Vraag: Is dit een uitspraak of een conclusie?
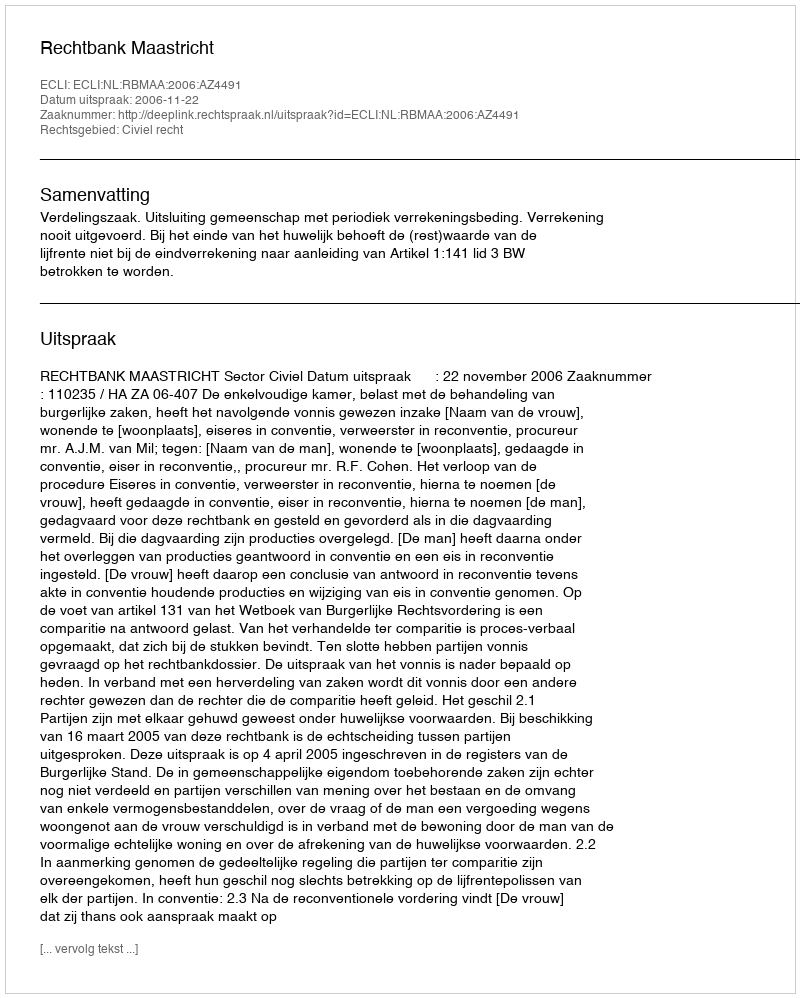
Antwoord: Uitspraak